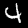
Digit: 4